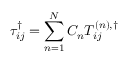
\tau _ { i j } ^ { \dag } = \sum _ { n = 1 } ^ { N } { { C _ { n } } T _ { i j } ^ { \left( n \right) , \dag } }